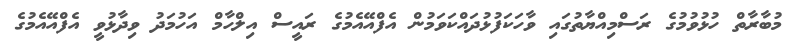
މުބާރާތް ހުޅުވުމުގެ ރަސްމިއްޔާތުގައި ވާހަކަފުޅުދައްކަވަމުން އެފްއޭއެމުގެ ރައީސް އިލްހާމް އަހުމަދު ވިދާޅުވީ އެފްއޭއެމުގެ